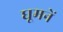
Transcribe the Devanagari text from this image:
घूमनें